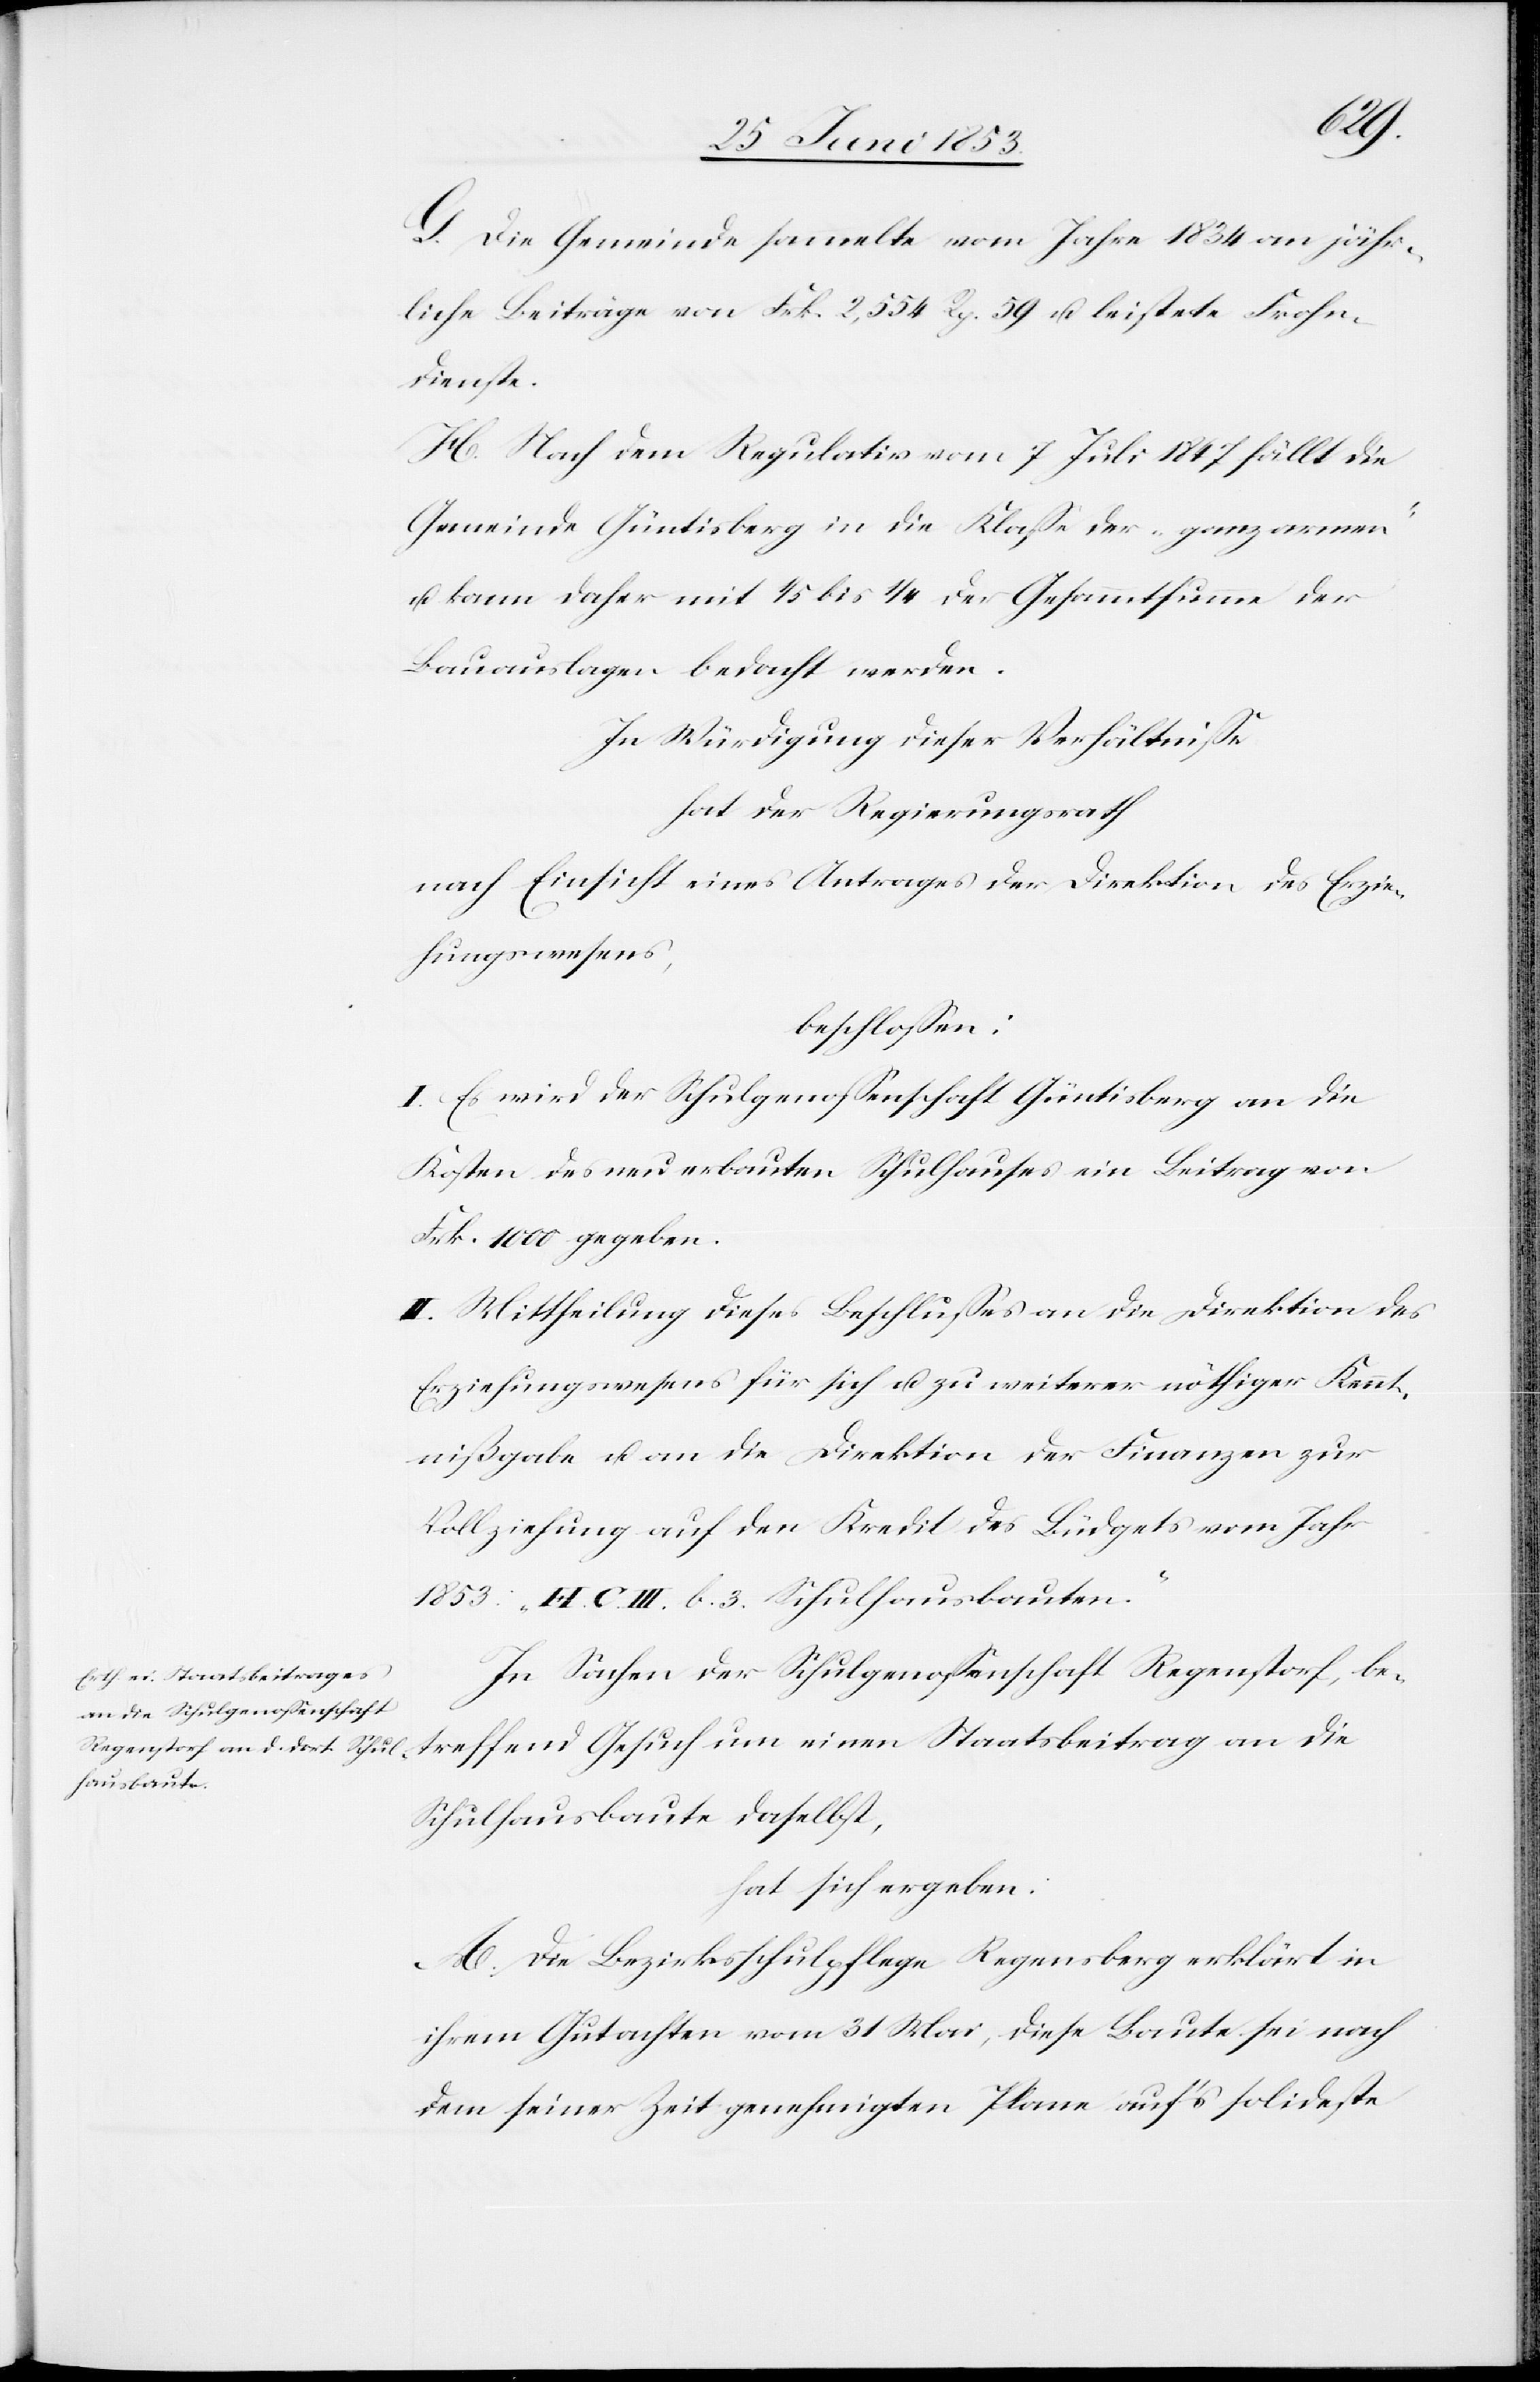
G. Die Gemeinde sammelte vom Jahre 1834 an jähr¬
liche Beiträge von Frk. 2,554 Rp. 59 u. leistete Frohn¬
dienste.
H. Nach dem Regulativ vom 7 Juli 1847 fällt die
Gemeinde Güntisberg in die Klaße der „ganz armen“
u. kann daher mit 1/5 bis 1/4 der Gesammtsumme der
Bauauslagen bedacht werden.
In Würdigung dieser Verhältniße
hat der Regierungsrath
nach Einsicht eines Antrages der Direktion des Erzie¬
hungswesens,
beschloßen:
I. Es wird der Schulgenoßenschaft Güntisberg an die
Kosten des neu erbauten Schulhauses ein Beitrag von
Frk. 1000. gegeben.
II. Mittheilung dieses Beschlußes an die Direktion des
Erziehungswesens für sich u. zu weiterer nöthiger Kennt¬
nißgabe u. an die Direktion der Finanzen zur
Vollziehung auf den Kredit des Büdgets vom Jahr
1853: „H. C. III. b. 3. Schulhausbauten.“
In Sachen der Schulgenoßenschaft Regenstorf, be¬
treffend Gesuch um einen Staatsbeitrag an die
Schulhausbaute daselbst,
hat sich ergeben:
A. Die Bezirksschulpflege Regensberg erklärt in
ihrem Gutachten vom 31 Mai, diese Baute sei nach
dem seiner Zeit genehmigten Plane auf’s solideste